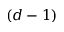
( d - 1 )